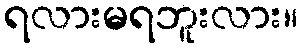
ရလားမရဘူးလား။